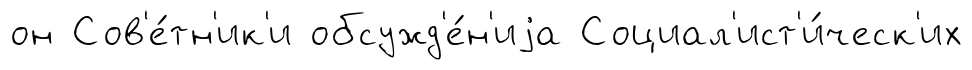
он Сов'е́тн'ик'и обсужд'е́н'иjа Социал'ист'и́ческ'их